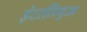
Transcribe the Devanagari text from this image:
इंटरलिंगुआ